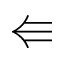
\Lleftarrow